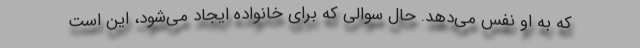
که به او نفس می‌دهد. حال سوالی که برای خانواده ایجاد می‌شود، این است